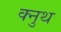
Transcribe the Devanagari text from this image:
क्नुथ